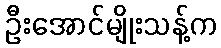
ဦးအောင်မျိုးသန့်က